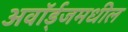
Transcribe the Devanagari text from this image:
अवॉर्ड्‌जमधील